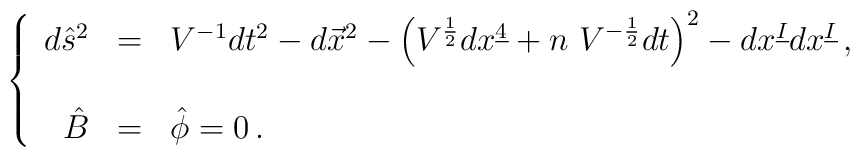
\left\{\begin{array}{rcl}d\hat{s}^{2} & = & V^{-1}dt^{2} -d\vec{x}^{2}-\left( V^{\frac{1}{2}} dx^{\underline{4}}+n\ V^{-\frac{1}{2}}dt\right)^{2}-dx^{\underline{I}} dx^{\underline{I}}\, , \\& & \\\hat{B} & = & \hat{\phi} = 0\, .\\\end{array}\right.